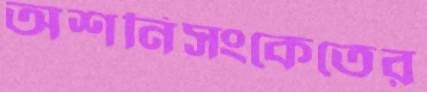
অশনিসংকেতের